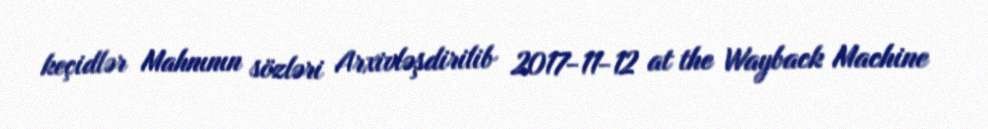
keçidlər Mahnının sözləri Arxivləşdirilib 2017-11-12 at the Wayback Machine